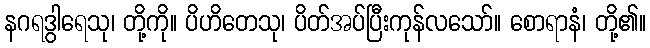
နဂရဒွါရေသု၊ တို့ကို။ ပိဟိတေသု၊ ပိတ်အပ်ပြီးကုန်လသော်။ စောရာနံ၊ တို့၏။